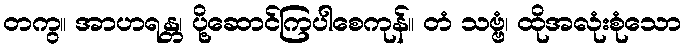
တကွ။ အာဟရန္တ၊ ပို့ဆောင်ကြပါစေကုန်။ တံ သဗ္ဗံ၊ ထိုအလုံးစုံသော